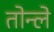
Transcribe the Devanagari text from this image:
तोन्ले